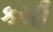
કસી